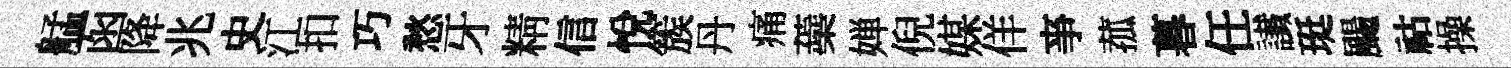
艋函降兆史江扣巧愁牙精信悦簇丹痛蘃婵倪媒佯亊菰暮任䜟珽颺祜操